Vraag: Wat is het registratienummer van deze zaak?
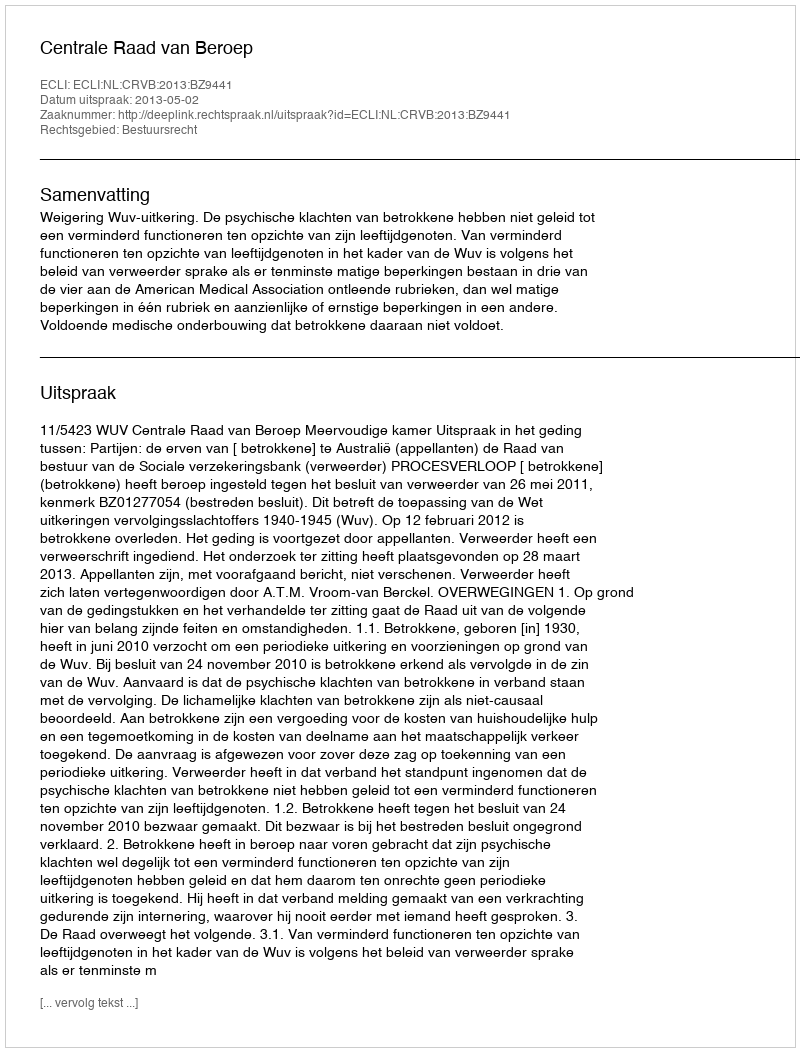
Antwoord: http://deeplink.rechtspraak.nl/uitspraak?id=ECLI:NL:CRVB:2013:BZ9441